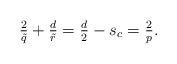
LaTeX: \begin{align*}\tfrac{2}{\tilde q}+\tfrac{d}{\tilde r} = \tfrac{d}{2}-s_c=\tfrac{2}{p}.\end{align*}